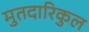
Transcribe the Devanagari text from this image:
मुतदारिकुल